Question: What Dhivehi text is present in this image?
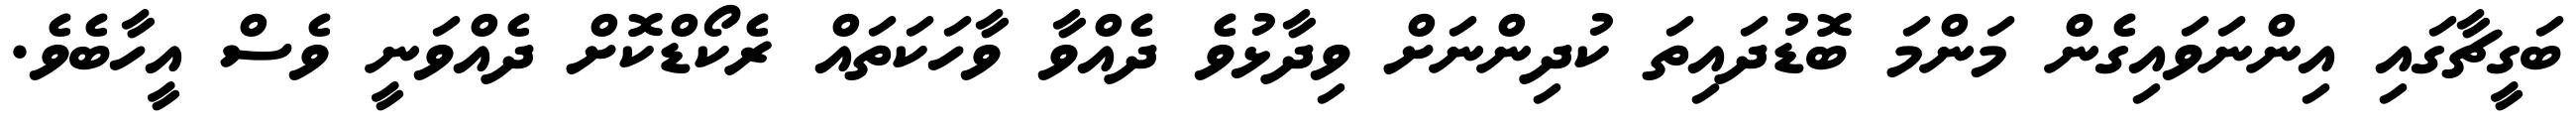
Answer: ބަގީޗާގައި އިންނަވައިގެން މަންމަ ބޮޑުދައިތަ ކުދިންނަށް ވިދާޅުވެ ދެއްވާ ވާހަކަތައް ރެކޯޑްކޮށް ދެއްވަނީ ވެސް އީހާބެވެ.